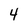
Character: 4